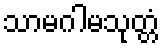
သာမဂါမသုတ္တံ